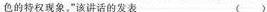
色的特权现象.”该讲话的发表 （ ）